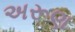
અરૂણ